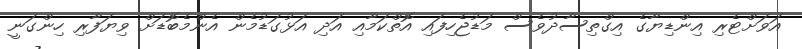
އަވަށްޓެރި އިންޑިޔާގެ އިގްތިސާދުވެސް މަޑުޖެހިފައި އޮތްކަމާއި އަދި އަޅުގަޑުމެން އެންމެބޮޑަށް ވިޔަފާރި ހިންގަނީ